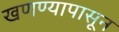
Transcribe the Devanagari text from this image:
खणण्यापासून